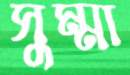
সুম্মা